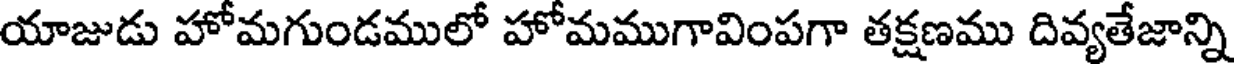
యాజుడు హోమగుండములో హోమముగావింపగా తక్షణము దివ్యతేజాన్ని